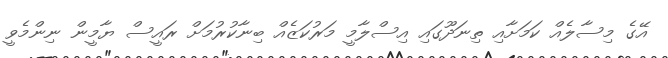
އޭގެ މިސާލެއް ކަމަށާއި ތިނަދޫގައި އިސްލާމީ މަރުކަޒެއް ބިނާކުރުމަށް ރައީސް ޔާމީން ނިންމެވީ